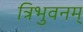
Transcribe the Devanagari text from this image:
त्रिभुवनम्